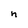
Character: n